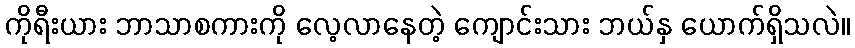
ကိုရီးယား ဘာသာစကားကို လေ့လာနေတဲ့ ကျောင်းသား ဘယ်နှ ယောက်ရှိသလဲ။